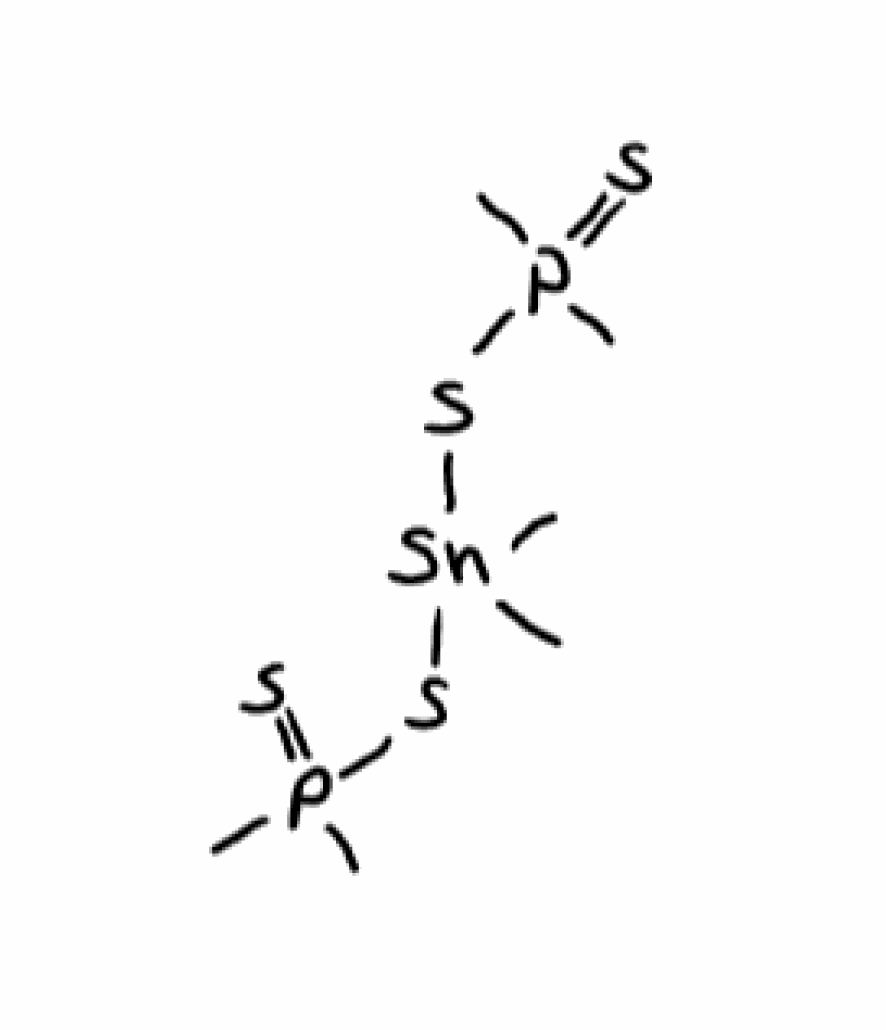
Simplified molecular-input line-entry system (SMILES) notation of the given molecule:
CP(=S)(C)S[Sn](C)(C)SP(=S)(C)C